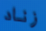
زناد